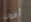
أموات